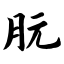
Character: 朊